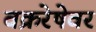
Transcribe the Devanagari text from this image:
वक्ररेषेवर